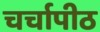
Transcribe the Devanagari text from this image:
चर्चापीठ